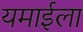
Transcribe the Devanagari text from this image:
यमाईला